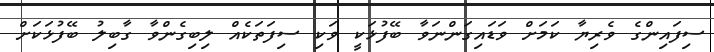
ސިފައިންގެ ވެރިޔާ ކަމަށް ވަޑައިގަންނަވާ ބޭފުޅަކީ ވަކި ސިފަތަކެއް ލިބިގެންވާ ގާބިލު ބޭފުޅަކަށް